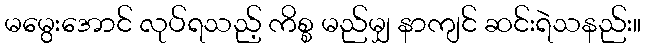
မမွေးအောင် လုပ်ရသည့် ကိစ္စ မည်မျှ နာကျင် ဆင်းရဲသနည်း။